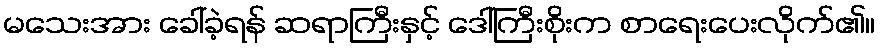
မသေးအား ခေါ်ခဲ့ရန် ဆရာကြီးနှင့် ဒေါ်ကြီးစိုးက စာရေးပေးလိုက်၏။